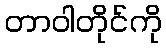
တာဝါတိုင်ကို